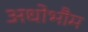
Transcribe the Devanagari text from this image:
अधोभौम